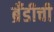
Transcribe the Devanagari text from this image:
ब्रँडीची